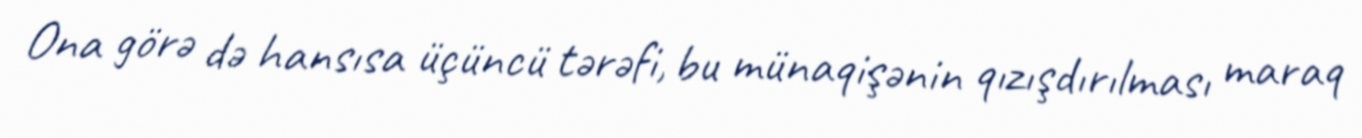
Ona görə də hansısa üçüncü tərəfi, bu münaqişənin qızışdırılması maraq